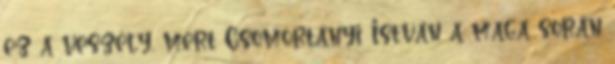
ez a veszély, mert Csomortányi István a maga során